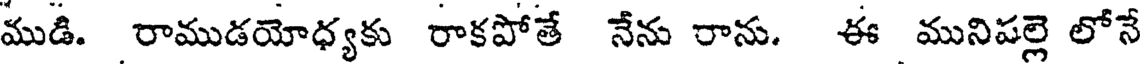
ముడి. రాముడయోధ్యకు రాకపోతే నేను రాను. ఈ మునిపల్లె లోనే